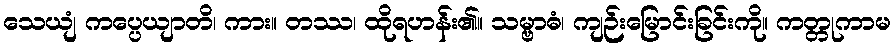
သေယျံ ကပ္ပေယျာတိ၊ ကား။ တဿ၊ ထိုရဟန်း၏။ သမ္ဗာဓံ၊ ကျဉ်းမြောင်းခြင်းကို။ ကတ္တုကာမ